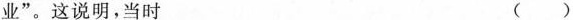
业”。这说明，当时 ()